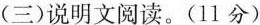
(三)说明文阅读。(11 分)